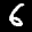
Label: 6